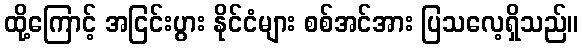
ထို့ကြောင့် အငြင်းပွား နိုင်ငံများ စစ်အင်အား ပြသလေ့ရှိသည်။